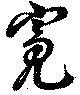
寃